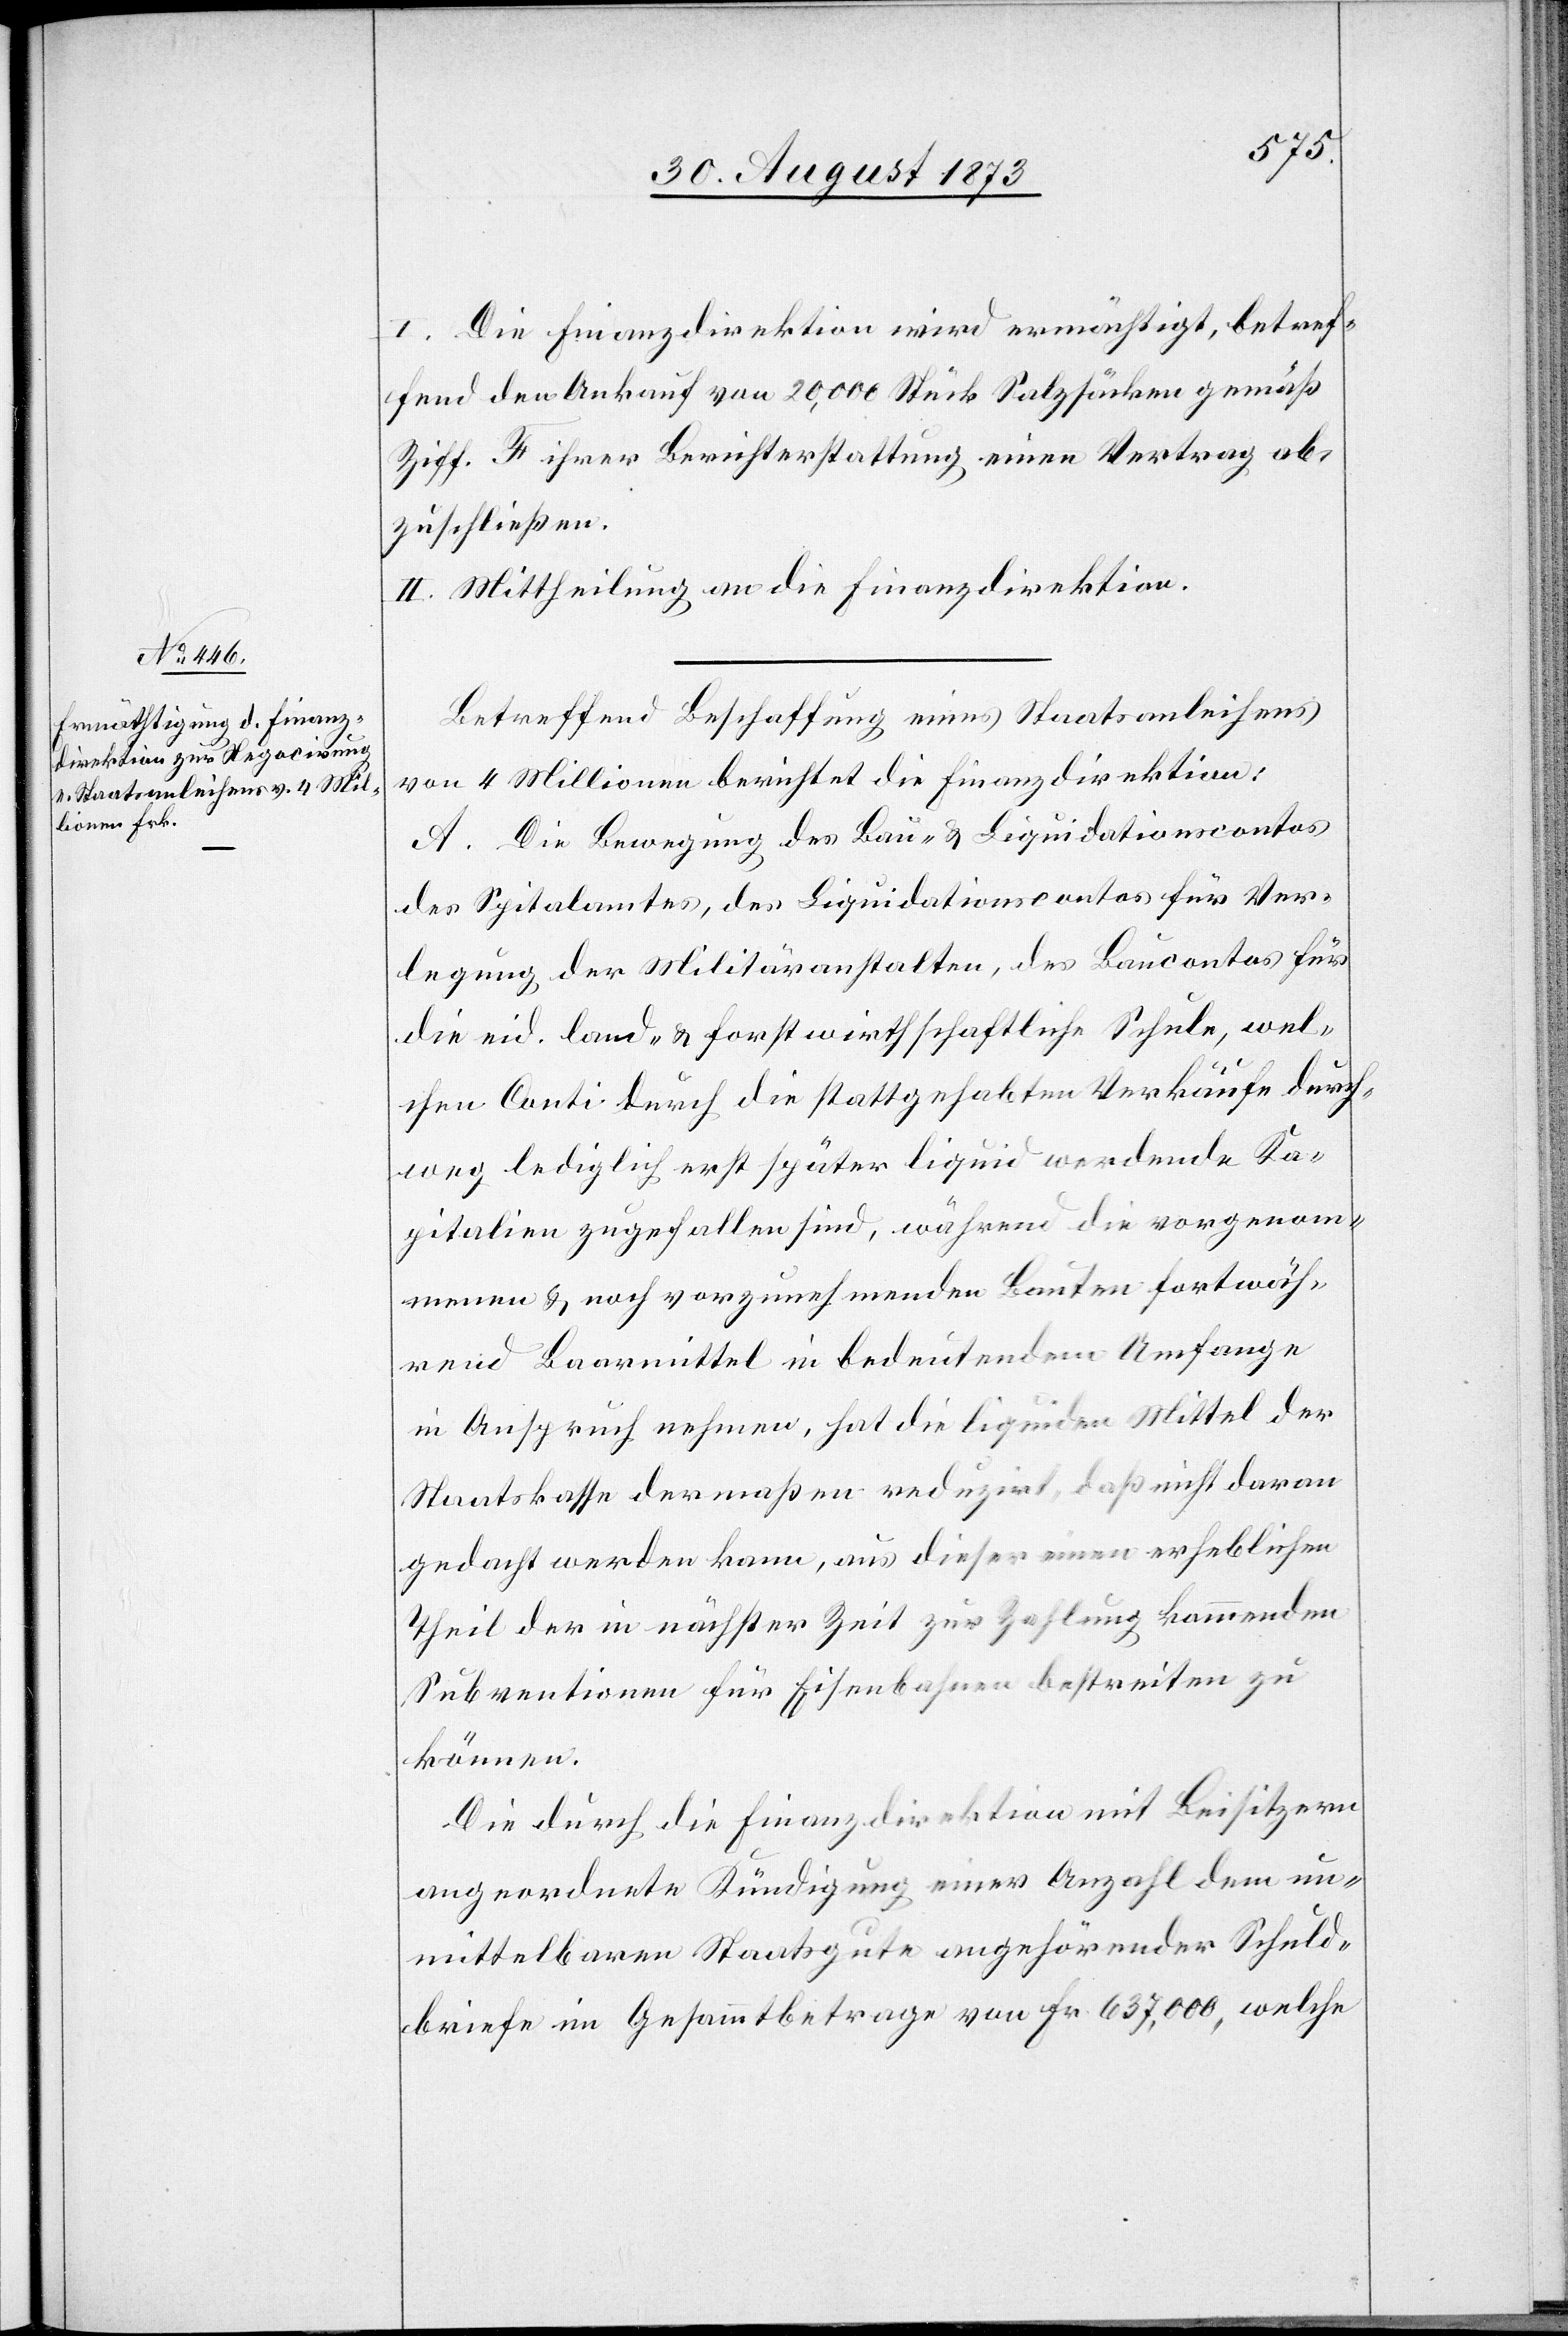
I. Die Finanzdirektion wird ermächtigt, betref¬
fend den Ankauf von 20,000 Stück Salzsäcken gemäß
Ziff. F ihrer Berichterstattung einen Vertrag ab¬
zuschließen.
II. Mittheilung an die Finanzdirektion.
Betreffend Beschaffung eines Staatsanleihens
von 4 Millionen berichtet die Finanzdirektion:
A. Die Bewegung des Bau- & Liquidationscontos
des Spitalamtes, des Liquidationscontos für Ver¬
legung der Militäranstalten, des Baucontos für
die eid. land- & forstwirthschaftliche Schule, wel¬
chen Conti durch die stattgehabten Verkäufe durch¬
weg lediglich erst später liquid werdende Ka¬
pitalien zugefallen sind, während die vorgenom¬
menen & noch vorzunehmenden Bauten fortwäh¬
rend Baarmittel in bedeutendem Umfange
in Anspruch nehmen, hat die liquiden Mittel der
Staatskasse dermaßen reduzirt, daß nicht daran
gedacht werden kann, aus dieser einen erheblichen
Theil der in nächster Zeit zur Zahlung kommenden
Subventionen für Eisenbahnen bestreiten zu
können.
Die durch die Finanzdirektion mit Beisitzern
angeordnete Kündigung einer Anzahl dem un¬
mittelbaren Staatsgute angehörender Schuld¬
briefe im Gesammtbetrage von Fr. 637,000, welche